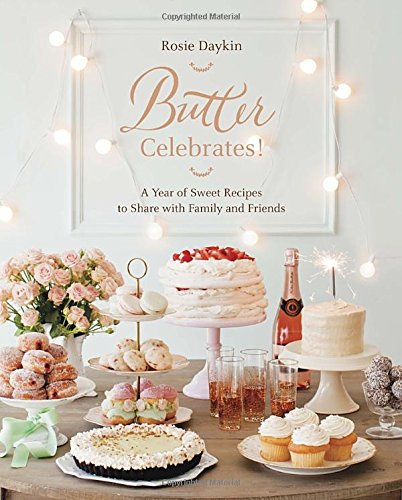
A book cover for Butter Celebrates!: A Year of Sweet Recipes to Share with Family and Friends; Rosie Daykin; Cookbooks, Food & Wine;